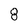
Character: 8